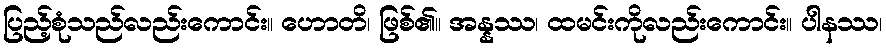
ပြည့်စုံသည်လည်းကောင်း။ ဟောတိ၊ ဖြစ်၏။ အန္နဿ၊ ထမင်းကိုလည်းကောင်း။ ပါနဿ၊